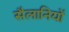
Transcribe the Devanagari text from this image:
सैलानियों